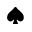
\spadesuit